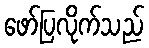
ဖော်ပြလိုက်သည်